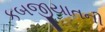
કબજીયાતની